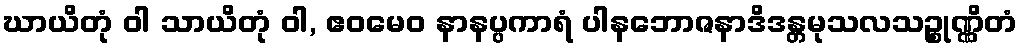
ဃာယိတုံ ဝါ သာယိတုံ ဝါ, ဧဝမေဝ နာနပ္ပကာရံ ပါနဘောဇနာဒိဒန္တမုသလသဉ္စုဏ္ဏိတံ